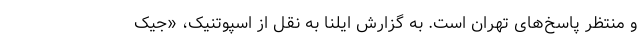
و منتظر پاسخ‌های تهران است. به گزارش ایلنا به نقل از اسپوتنیک، «جیک